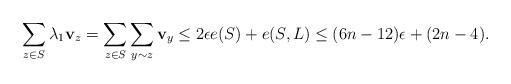
LaTeX: \begin{align*} \sum_{z\in S} \lambda_1 \mathbf{v}_z = \sum_{z\in S}\sum_{y\sim z} \mathbf{v}_y \leq 2\epsilon e(S) + e(S,L) \leq (6n-12)\epsilon + (2n-4). \end{align*}